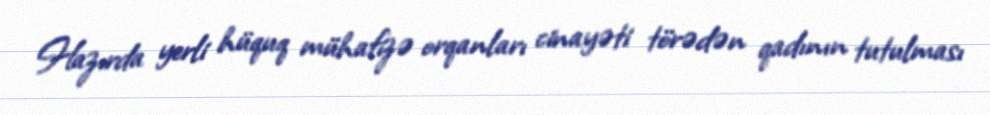
Hazırda yerli hüquq mühafizə orqanları cinayəti törədən qadının tutulması